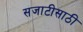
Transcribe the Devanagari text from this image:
सजाटीसाठी